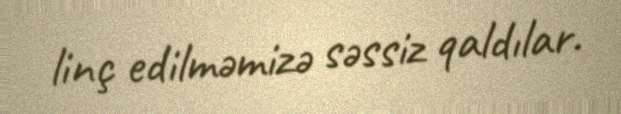
linç edilməmizə səssiz qaldılar.